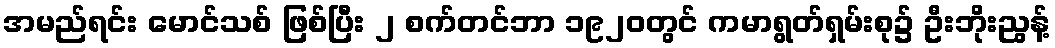
အမည်ရင်း မောင်သစ် ဖြစ်ပြီး ၂ စက်တင်ဘာ ၁၉၂၀တွင် ကမာရွတ်ရှမ်းစု၌ ဦးဘိုးညွန့်